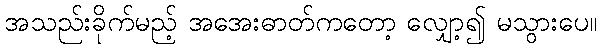
အသည်းခိုက်မည့် အအေးဓာတ်ကတော့ လျှော့၍ မသွားပေ။